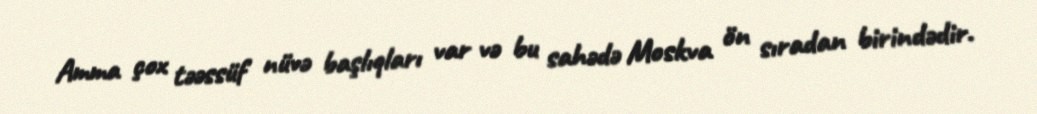
Amma çox təəssüf nüvə başlıqları var və bu sahədə Moskva ön sıradan birindədir.